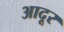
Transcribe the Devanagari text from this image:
आदूर